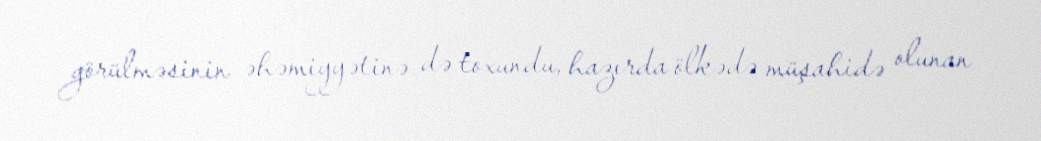
görülməsinin əhəmiyyətinə də toxundu, hazırda ölkədə müşahidə olunan